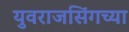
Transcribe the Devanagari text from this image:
युवराजसिंगच्या